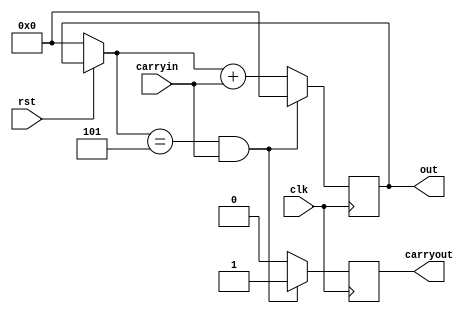
module CNT6(clk, rst, carryin, out, carryout);
	input				clk;
	input				rst;
	input				carryin;
	output reg [7:0]	out;
	output reg			carryout;

	always @(posedge clk) begin
		if (!rst) begin
			out = 8'b00000000;
			carryout = 0;
		end // end if
		if (out == 8'd5 && carryin == 1) begin
			out = 8'b00000000;
			carryout = 1;
		end // end if
		else begin
			out = out + carryin;
			carryout = 0;
		end //end else
	end

endmodule